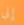
إلى